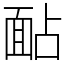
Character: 䩇